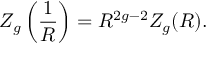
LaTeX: Z _ { g } \left( { \frac { 1 } { R } } \right) = R ^ { 2 g - 2 } Z _ { g } ( R ) .